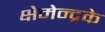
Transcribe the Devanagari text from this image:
क्षेमेन्द्रके